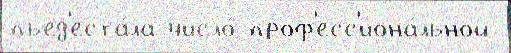
пьед'еста́ла число́ проф'есс'иона́льной